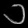
Digit: ၁